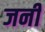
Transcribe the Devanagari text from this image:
जनीं